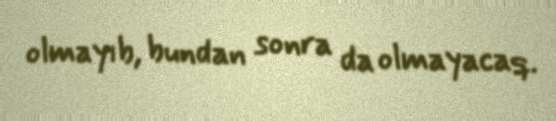
olmayıb, bundan sonra da olmayacaq.